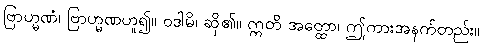
ဗြာဟ္မဏံ၊ ဗြာဟ္မဏဟူ၍။ ဝဒါမိ၊ ဆို၏။ ဣတိ အတ္ထော၊ ဤကားအနက်တည်း။